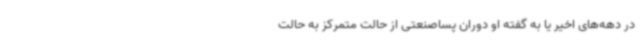
در دهه‌های اخیر یا به گفته او دوران پساصنعتی از حالت متمرکز به حالت